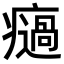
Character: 𤻌